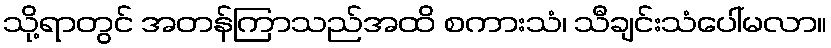
သို့ရာတွင် အတန်ကြာသည်အထိ စကားသံ၊ သီချင်းသံပေါ်မလာ။